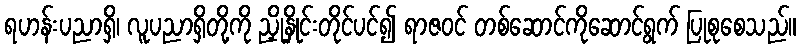
ရဟန်းပညာရှိ၊ လူပညာရှိတို့ကို ညှိုနှိုင်းတိုင်ပင်၍ ရာဇဝင် တစ်ဆောင်ကိုဆောင်ရွက် ပြုစုစေသည်။